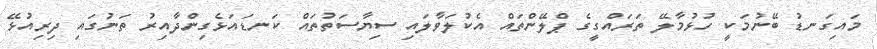
މައިގަނޑު ބޭނުމަކީ ހުޅުމާލޭ ތަރައްގީގެ ޕްލޭންތައް އެކުލަވާލައި ސިޔާސަތުތައް ކަނޑައަޅެގިންދާއިރު ތަނުގައި ދިރިއުޅޭ